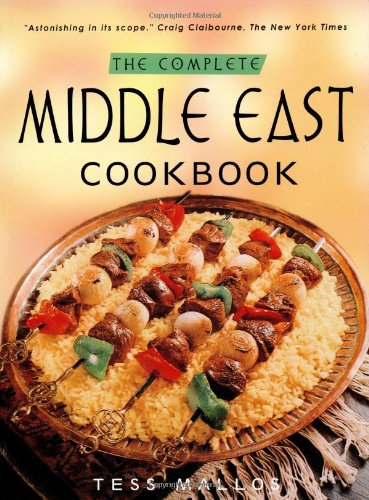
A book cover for The Complete Middle East Cookbook; Tess Mallos; Cookbooks, Food & Wine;